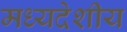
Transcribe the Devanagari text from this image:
मध्‍यदेशीय